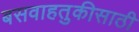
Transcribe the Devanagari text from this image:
बसवाहतुकीसाठी